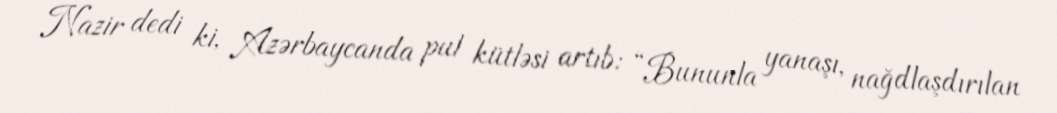
Nazir dedi ki, Azərbaycanda pul kütləsi artıb: “Bununla yanaşı, nağdlaşdırılan